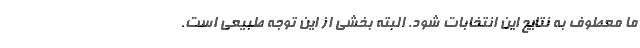
ما معطوف به نتايج اين انتخابات شود. البته بخشي از اين توجه طبيعي است.